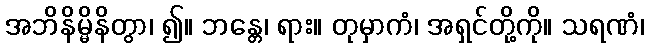
အဘိနိမ္မိနိတွာ၊ ၍။ ဘန္တေ၊ ရား။ တုမှာကံ၊ အရှင်တို့ကို။ သရဏံ၊